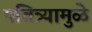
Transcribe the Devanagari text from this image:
पवित्र्यामुळे